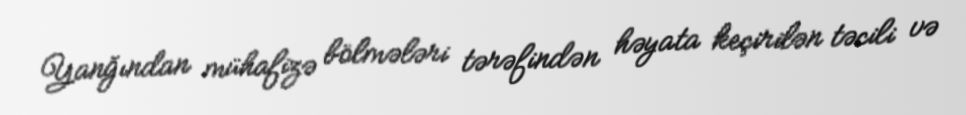
Yanğından mühafizə bölmələri tərəfindən həyata keçirilən təcili və